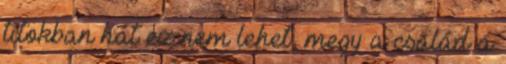
titokban hát ez nem lehet, megy a család a